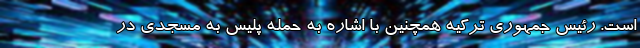
است. رئیس‌ جمهوری ترکیه همچنین با اشاره به حمله پلیس به مسجدی در